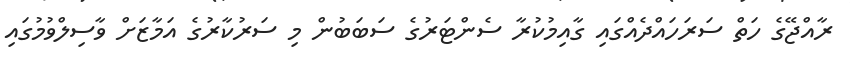
ރާއްޖޭގެ ހަތް ސަރަހައްދެއްގައި ގާއިމުކުރާ ސެންޓަރުގެ ސަބަބުން މި ސަރުކާރުގެ އަމާޒަށް ވާސިލްވުމުގައި